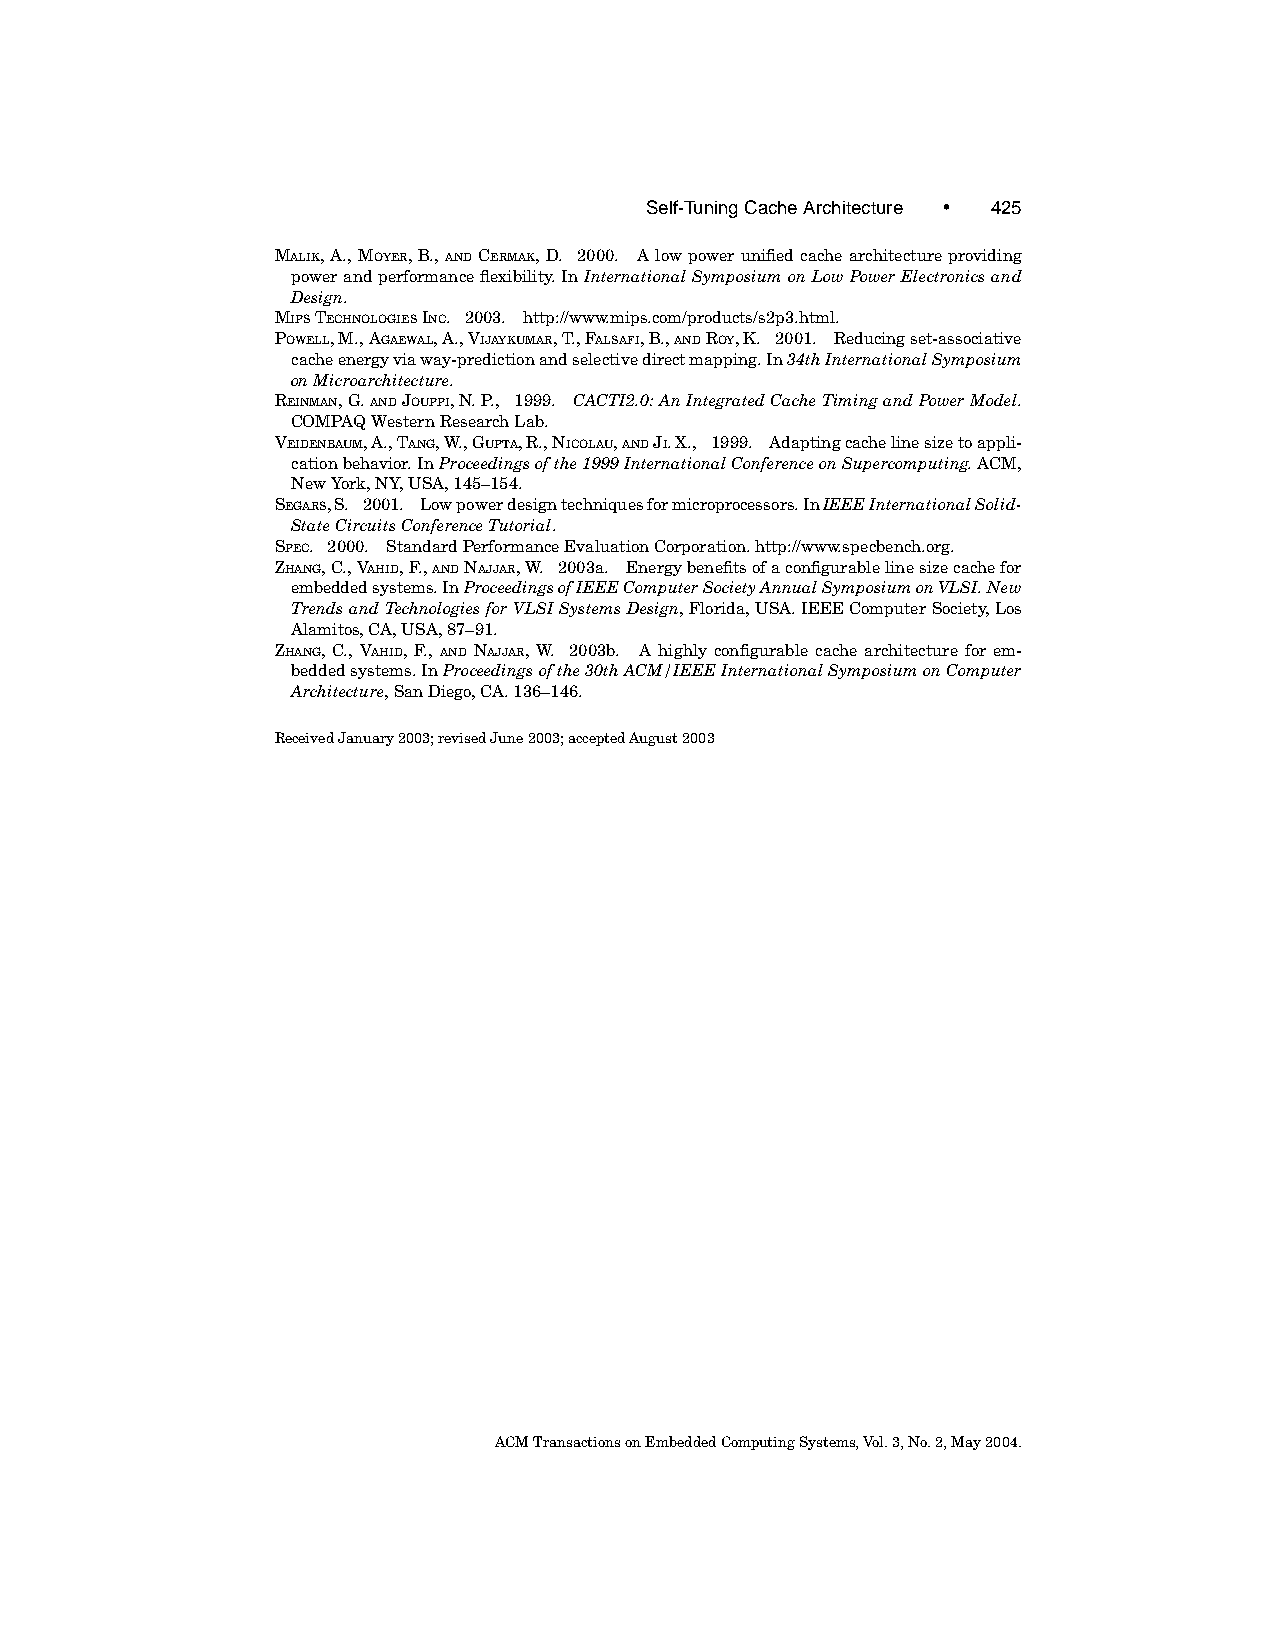
Self-TuningCacheArchitecture † 425
 MALIK,A.,MOYER,B.,ANDCERMAK,D. 2000. Alowpowerunifiedcachearchitectureproviding
 powerandperformanceflexibility.InInternationalSymposiumonLowPowerElectronicsand
 Design.
 MIPSTECHNOLOGIESINC. 2003. http://www.mips.com/products/s2p3.html.
 POWELL,M.,AGAEWAL,A.,VIJAYKUMAR,T.,FALSAFI,B.,ANDROY,K. 2001. Reducingset-associative
 cacheenergyviaway-predictionandselectivedirectmapping.In34thInternationalSymposium
 onMicroarchitecture.
 REINMAN,G.ANDJOUPPI,N.P., 1999. CACTI2.0:AnIntegratedCacheTimingandPowerModel.
 COMPAQWesternResearchLab.
 VEIDENBAUM,A.,TANG,W.,GUPTA,R.,NICOLAU,ANDJI.X., 1999. Adaptingcachelinesizetoappli-
 cationbehavior.InProceedingsofthe1999InternationalConferenceonSupercomputing.ACM,
 NewYork,NY,USA,145–154.
 SEGARS,S. 2001. Lowpowerdesigntechniquesformicroprocessors.InIEEEInternationalSolid-
 StateCircuitsConferenceTutorial.
 SPEC. 2000. StandardPerformanceEvaluationCorporation.http://www.specbench.org.
 ZHANG,C.,VAHID,F.,ANDNAJJAR,W. 2003a. Energybenefitsofaconfigurablelinesizecachefor
 embeddedsystems.InProceedingsofIEEEComputerSocietyAnnualSymposiumonVLSI.New
 TrendsandTechnologiesforVLSISystemsDesign,Florida,USA:IEEEComputerSociety,Los
 Alamitos,CA,USA,87–91.
 ZHANG, C., VAHID, F., AND NAJJAR, W. 2003b. A highly configurable cache architecture for em-
 beddedsystems.InProceedingsofthe30thACM/IEEEInternationalSymposiumonComputer
 Architecture,SanDiego,CA.136–146.
 ReceivedJanuary2003;revisedJune2003;acceptedAugust2003
 ACMTransactionsonEmbeddedComputingSystems,Vol.3,No.2,May2004.